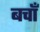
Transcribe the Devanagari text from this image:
बचाँ